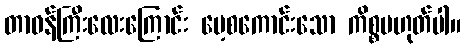
တာဝန်ကြီးလေးကြောင်း မေ့စကောင်းသော ကိစ္စမဟုတ်ပါ။